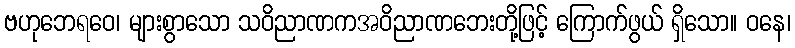
ဗဟုဘေရဝေ၊ များစွာသော သဝိညာဏကအဝိညာဏဘေးတို့ဖြင့် ကြောက်ဖွယ် ရှိသော။ ဝနေ၊